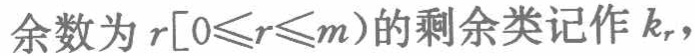
余数为 \(r[0\leqslant r\leqslant m)\) 的剩余类记作 \(k_{r}\)，